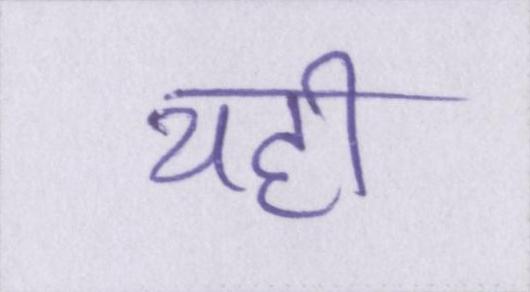
यही